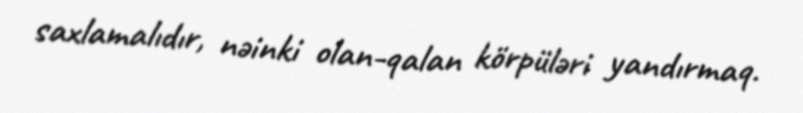
saxlamalıdır, nəinki olan-qalan körpüləri yandırmaq.